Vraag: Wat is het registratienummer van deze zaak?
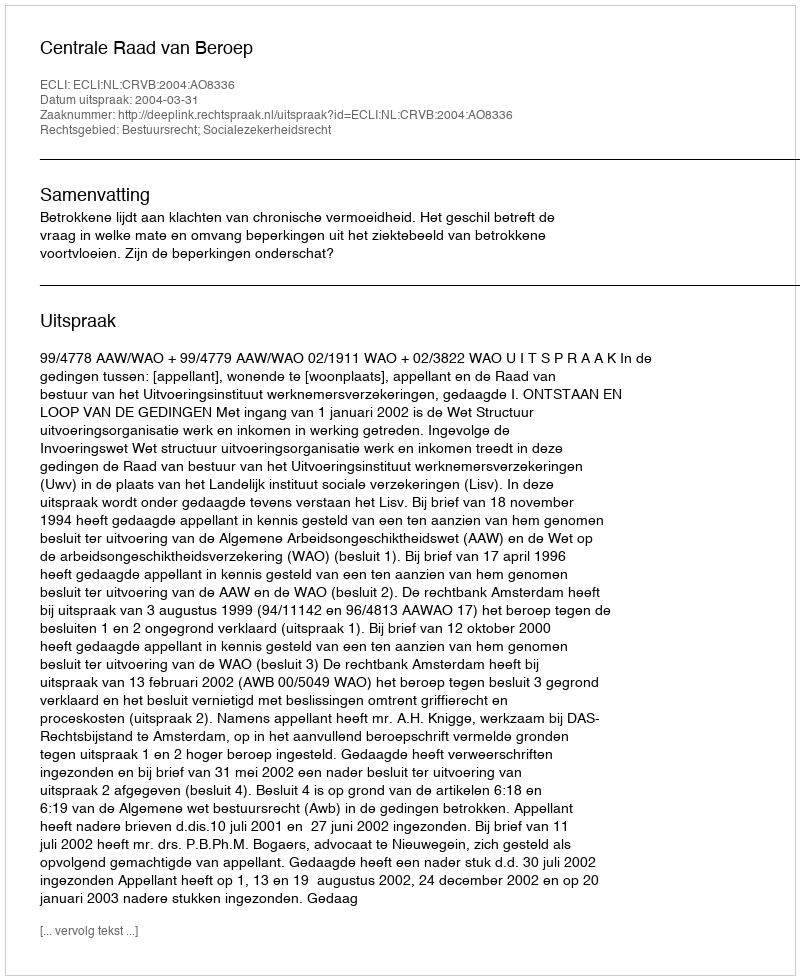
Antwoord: http://deeplink.rechtspraak.nl/uitspraak?id=ECLI:NL:CRVB:2004:AO8336